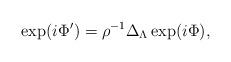
LaTeX: \begin{align*}\exp (i\Phi ^{\prime })=\rho ^{-1}\Delta _{{\small \Lambda }}\exp (i\Phi ),\end{align*}